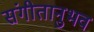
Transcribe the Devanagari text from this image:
संगीतानुभव